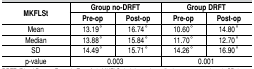
| <ROWSPAN=2> MKFLSt | <COLSPAN=2> Group no-DRFT | <COLSPAN=2> Group DRFT |
 | Pre-op | Post-op | Pre-op | Post-op |
 | --- | --- | --- | --- | --- |
 | Mean | 13.19 ̊ | 16.74 ̊ | 10.60 ̊ | 14.80 ̊ |
 | Median | 13.88 ̊ | 15.84 ̊ | 11.70 ̊ | 12.70 ̊ |
 | SD | 14.49 ̊ | 15.71 ̊ | 14.26 ̊ | 16.90 ̊ |
 | p-value | <COLSPAN=2> 0.003 | <COLSPAN=2> 0.001 |